Civil Veterinary Department Bihar reports 1940-50 - 1940-1950
Year: 1940
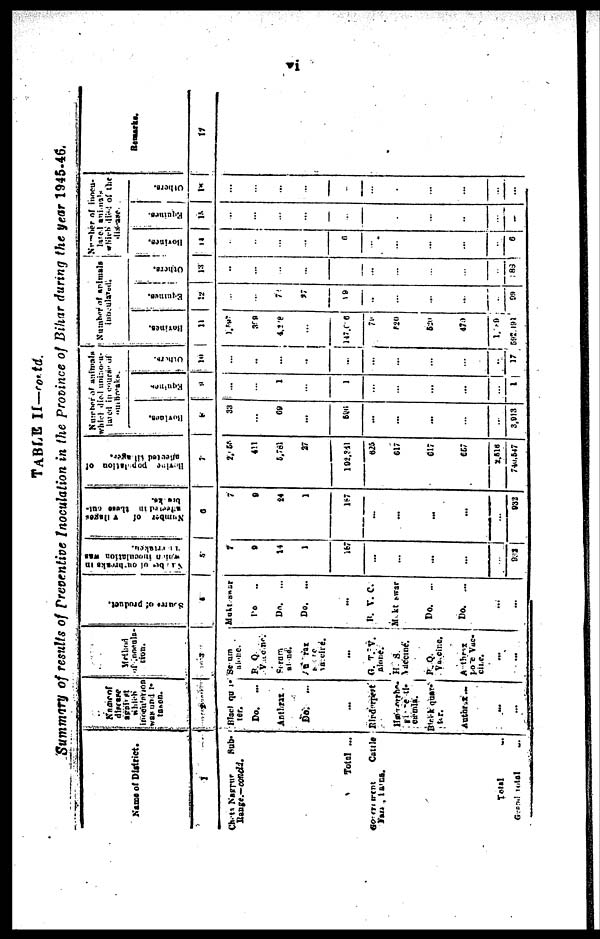
vi
TABLE II—contd.
Summary of results of Preventive Inoculation in the province of Bihar during the year 1945-46.
Name of District.
1
Chota Nagpur Sub-
Range.—concld.
Total ...
Government
Cattle
Farm, strain.
Total ...
Grand total
...
Name of
disease
against
inoculation
was and I-
2
Black quar-
ter.
Do. ...
Anthrax.
Do. ...
...
Rinderpest
Hæmorrha-
gic Septi-
cæmia.
Black quar-
ter.
Anthrax ...
...
...
of inocula-
tion.
3
Serum
alone.
B. Q
Vaccine.
Serum
alone
Anthrax
Seram
Vaccine
...
G. T. V.
alone.
H. S.
Vaccine.
P. Q.
Vacoine.
Anthrax.
pore Vac-
cine.
...
...
Sourse
of product.
4
Mukteswar
Do ...
Do. ...
Do. ...
...
B. V. C.
Mukteswar
Do. ...
Do. ...
...
...
Number of outbreaks in
which inoculation was
Undertaken.
5
7
9
14
1
167
...
....
...
...
...
932
Number
of villages
afforted these out-
breaks.
6
7
9
24
1
187
...
...
..
..
...
932
Bovine population of
7
2, 58
411
5,781
27
192,341
625
617
617
657
2,516
740,547
Number of animals
which died uninocu-
lated in course of
outbreaks.
Bovines.
8
33
...
69
...
596
...
...
...
...
...
3,013
Equines
9
...
...
1
...
1
...
..
...
..
...
1
Others.
10
...
...
...
...
...
...
..
...
...
...
17
Number of animals
inoculated.
Bovines.
11
1,597
398
4,218
...
147,0 6
79
520
520
470
1,119
592,191
Equines.
12
...
...
72
27
19
...
...
...
...
...
09
Others.
13
..
...
...
...
...
...
...
...
...
...
88
Number of inocu-
lated
animals
which died of the
disease.
Bovines.
14
...
...
...
...
6
...
...
...
...
...
6
Equines.
15
...
...
...
...
...
...
...
...
...
...
...
Others.
16
...
...
...
...
...
...
...
...
...
...
...
Remaks.
17